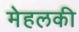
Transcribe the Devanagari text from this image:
मेहलकी